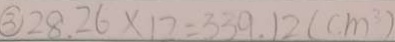
\textcircled { 3 } 2 8 . 2 6 \times 1 2 = 3 3 9 . 1 2 ( c m ^ { 3 } )